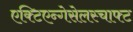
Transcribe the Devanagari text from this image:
एक्टिएन्गेसेलस्चाफ्ट